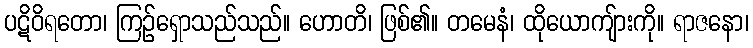
ပဋိဝိရတော၊ ကြဉ်ရှောသည်သည်။ ဟောတိ၊ ဖြစ်၏။ တမေနံ၊ ထိုယောကျ်ားကို။ ရာဇနော၊